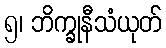
၅၊ ဘိက္ခုနီသံယုတ်